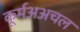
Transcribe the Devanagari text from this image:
कूर्मअअचल